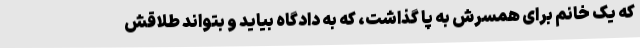
که یک خانم برای همسرش به پا گذاشت، که به دادگاه بیاید و بتواند طلاقش